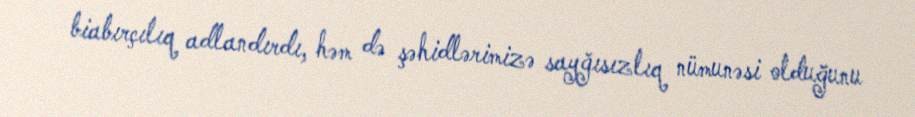
biabırçılıq adlandırdı, həm də şəhidlərimizə sayğısızlıq nümunəsi olduğunu